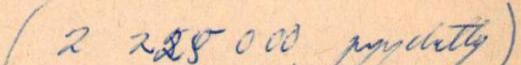
(2 225 000 pyydetty)